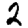
Digit: 2